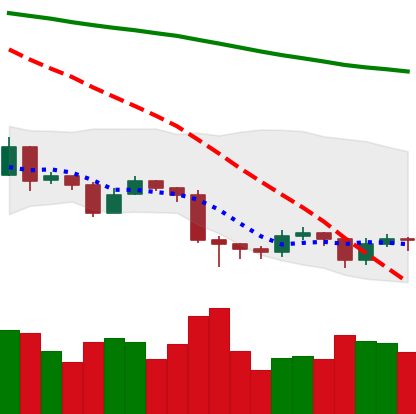
Ticker: EOS-USD
Chart end date: 2019-08-24
Forward return: -12.298%
Label: down_7plus